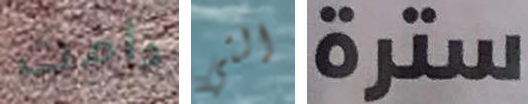
دامت التي سترة